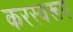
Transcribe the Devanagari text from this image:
करस्वरूप